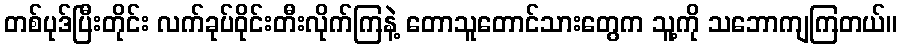
တစ်ပုဒ်ပြီးတိုင်း လက်ခုပ်ဝိုင်းတီးလိုက်ကြနဲ့ တောသူတောင်သားတွေက သူ့ကို သဘောကျကြတယ်။